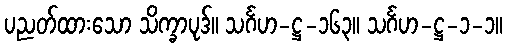
ပညတ်ထားသော သိက္ခာပုဒ်။ သင်္ဂဟ-ဋ္ဌ-၁၆၃။ သင်္ဂဟ-ဋ္ဌ-၁-၁။